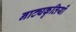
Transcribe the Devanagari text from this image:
नाट्यकृतियों